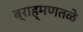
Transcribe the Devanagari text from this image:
ब्राह्मणतळे